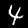
Digit: 4